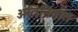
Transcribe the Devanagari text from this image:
अतिनिर्वात